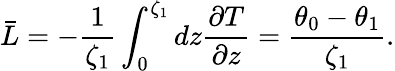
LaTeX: \bar{L}=-\frac{1}{\zeta_{1}}\int_{0}^{\zeta_{1}}dz\frac{\partial T}{\partial z}=\frac{\theta_{0}-\theta_{1}}{\zeta_{1}}.